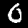
Digit: 0